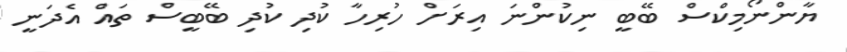
ޔާންނޯމިކްސް ބޭބީ ނިކުންނަ އިރަށް ހުރިހާ ކުދި ކުދި ބޭބީސް ތައް އެދަނީ